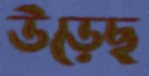
উড়েছ